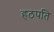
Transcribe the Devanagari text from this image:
हठपति